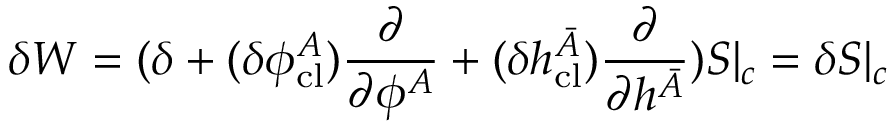
\delta W = ( \delta + ( \delta \phi _ { \mathrm { c l } } ^ { A } ) \frac { \partial } { \partial \phi ^ { A } } + ( \delta h _ { \mathrm { c l } } ^ { \bar { A } } ) \frac { \partial } { \partial h ^ { \bar { A } } } ) S | _ { c } = \delta S | _ { c }